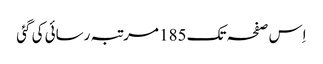
اِس صفحہ تک 185 مرتبہ رسائی کی گئی